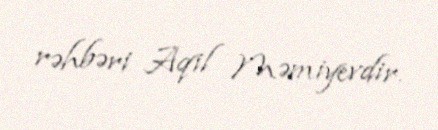
rəhbəri Aqil Məmiyevdir.